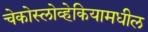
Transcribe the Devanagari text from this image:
चेकोस्लोव्हेकियामधील